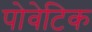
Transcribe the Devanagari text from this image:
पोवेटिक